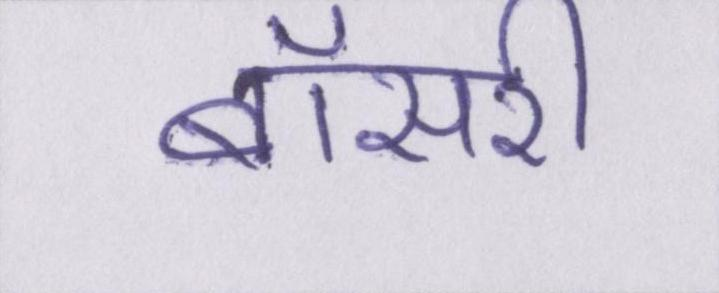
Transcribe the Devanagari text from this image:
बॉसरी